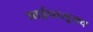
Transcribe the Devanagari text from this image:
आईपासूनच